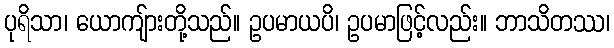
ပုရိသာ၊ ယောကျ်ားတို့သည်။ ဥပမာယပိ၊ ဥပမာဖြင့်လည်း။ ဘာသိတဿ၊